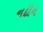
નદીન